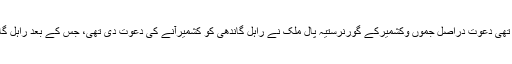
ستیہ پال ملک نے راہل گاندھی کو دی تھی دعوت دراصل جموں وکشمیرکے گورنرستیہ پال ملک نے راہل گاندھی کو کشمیرآنے کی دعوت دی تھی، جس کے بعد راہل گاندھی ہفتہ کوسری نگرجانے والے ہیں۔